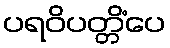
ပရဝိပတ္တိံပေ